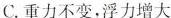
C.重力不变，浮力增大